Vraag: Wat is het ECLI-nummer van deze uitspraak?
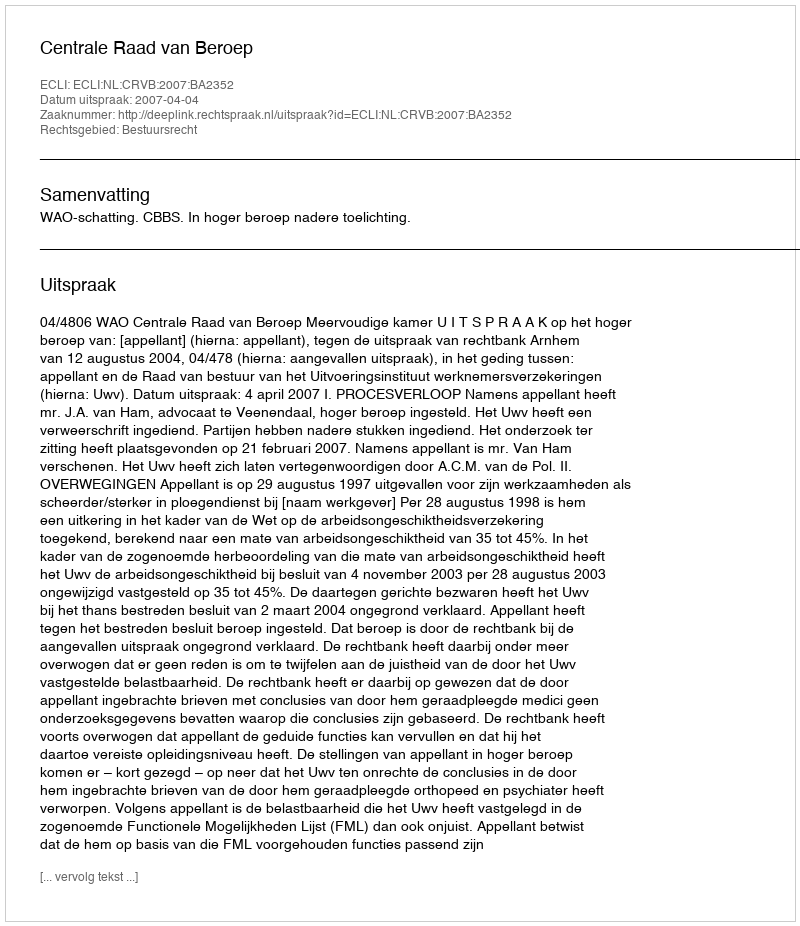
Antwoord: ECLI:NL:CRVB:2007:BA2352